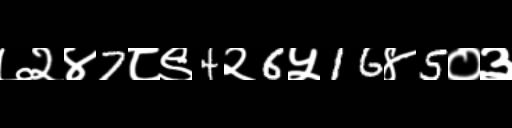
Text: ७२४7८९4२6५16४5०३